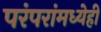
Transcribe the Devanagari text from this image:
परंपरांमध्येही